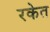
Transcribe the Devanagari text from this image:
रकेत